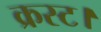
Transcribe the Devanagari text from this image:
क्रस्ट।